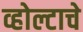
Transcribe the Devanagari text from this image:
व्होल्टाचे